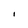
Character: I